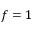
f = 1